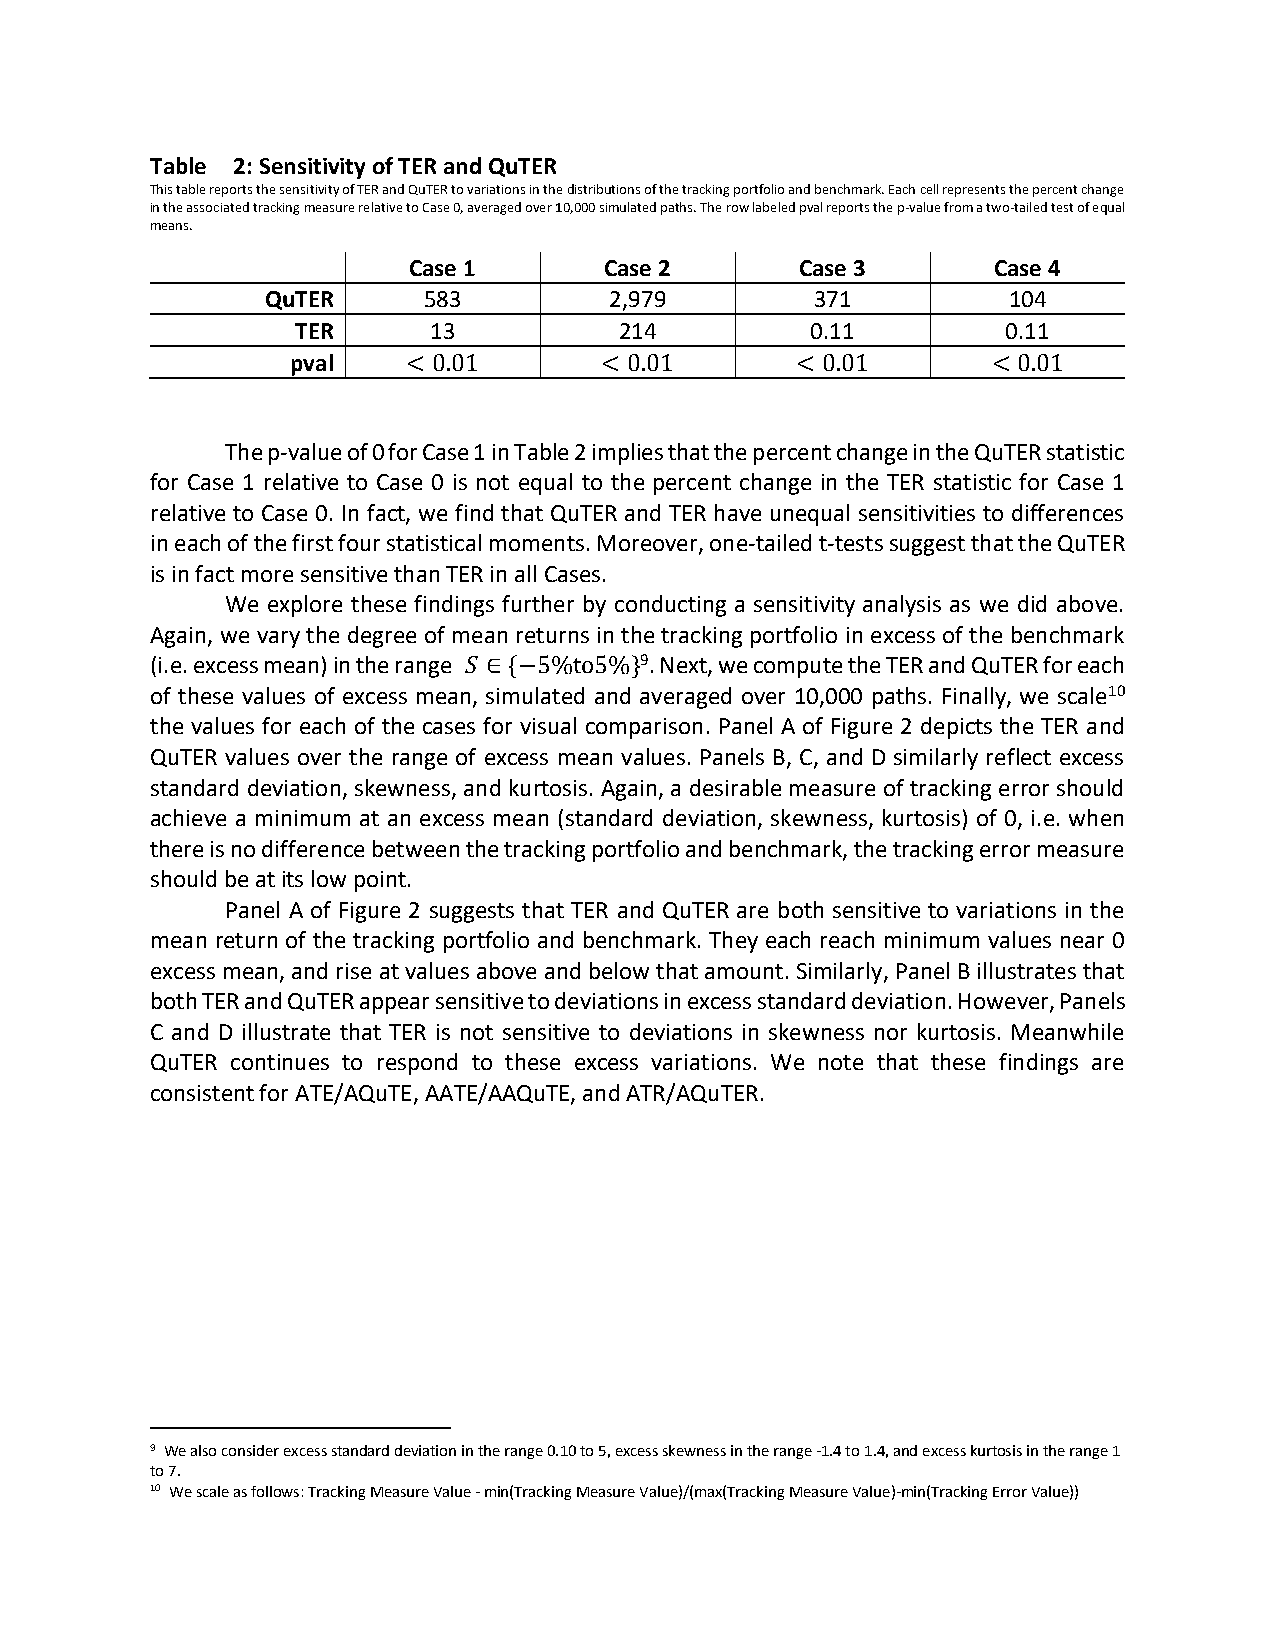
Table 2: Sensitivity of TER and QuTER
 This table reports the sensitivity of TER and QuTER to variations in the distributions of the tracking portfolio and benchmark. Each cell represents the percent change
 in the associated tracking measure relative to Case 0, averaged over 10,000 simulated paths. The row labeled pval reports the p-value from a two-tailed test of equal
 means.
 Case 1       Case 2       Case 3       Case 4
 QuTER     583         2,979         371          104
 TER     13           214          0.11         0.11
 pval    < 0.01       < 0.01       < 0.01       < 0.01
 The p-value of 0 for Case 1 in Table 2 implies that the percent change in the QuTER statistic
 for Case 1 relative to Case 0 is not equal to the percent change in the TER statistic for Case 1
 relative to Case 0. In fact, we find that QuTER and TER have unequal sensitivities to differences
 in each of the first four statistical moments. Moreover, one-tailed t-tests suggest that the QuTER
 is in fact more sensitive than TER in all Cases.
 We explore these findings further by conducting a sensitivity analysis as we did above.
 Again, we vary the degree of mean returns in the tracking portfolio in excess of the benchmark
 (i.e. excess mean) in the range 𝑆 ∈ {−5%to5%}9. Next, we compute the TER and QuTER for each
 of these values of excess mean, simulated and averaged over 10,000 paths. Finally, we scale10
 the values for each of the cases for visual comparison. Panel A of Figure 2 depicts the TER and
 QuTER values over the range of excess mean values. Panels B, C, and D similarly reflect excess
 standard deviation, skewness, and kurtosis. Again, a desirable measure of tracking error should
 achieve a minimum at an excess mean (standard deviation, skewness, kurtosis) of 0, i.e. when
 there is no difference between the tracking portfolio and benchmark, the tracking error measure
 should be at its low point.
 Panel A of Figure 2 suggests that TER and QuTER are both sensitive to variations in the
 mean return of the tracking portfolio and benchmark. They each reach minimum values near 0
 excess mean, and rise at values above and below that amount. Similarly, Panel B illustrates that
 both TER and QuTER appear sensitive to deviations in excess standard deviation. However, Panels
 C and D illustrate that TER is not sensitive to deviations in skewness nor kurtosis. Meanwhile
 QuTER continues to respond to these excess variations. We note that these findings are
 consistent for ATE/AQuTE, AATE/AAQuTE, and ATR/AQuTER.
 9 We also consider excess standard deviation in the range 0.10 to 5, excess skewness in the range -1.4 to 1.4, and excess kurtosis in the range 1
 to 7.
 10 We scale as follows: Tracking Measure Value - min(Tracking Measure Value)/(max(Tracking Measure Value)-min(Tracking Error Value))